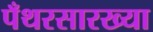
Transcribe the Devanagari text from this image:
पँथरसारख्या